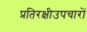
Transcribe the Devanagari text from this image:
प्रतिरक्षीउपचारों